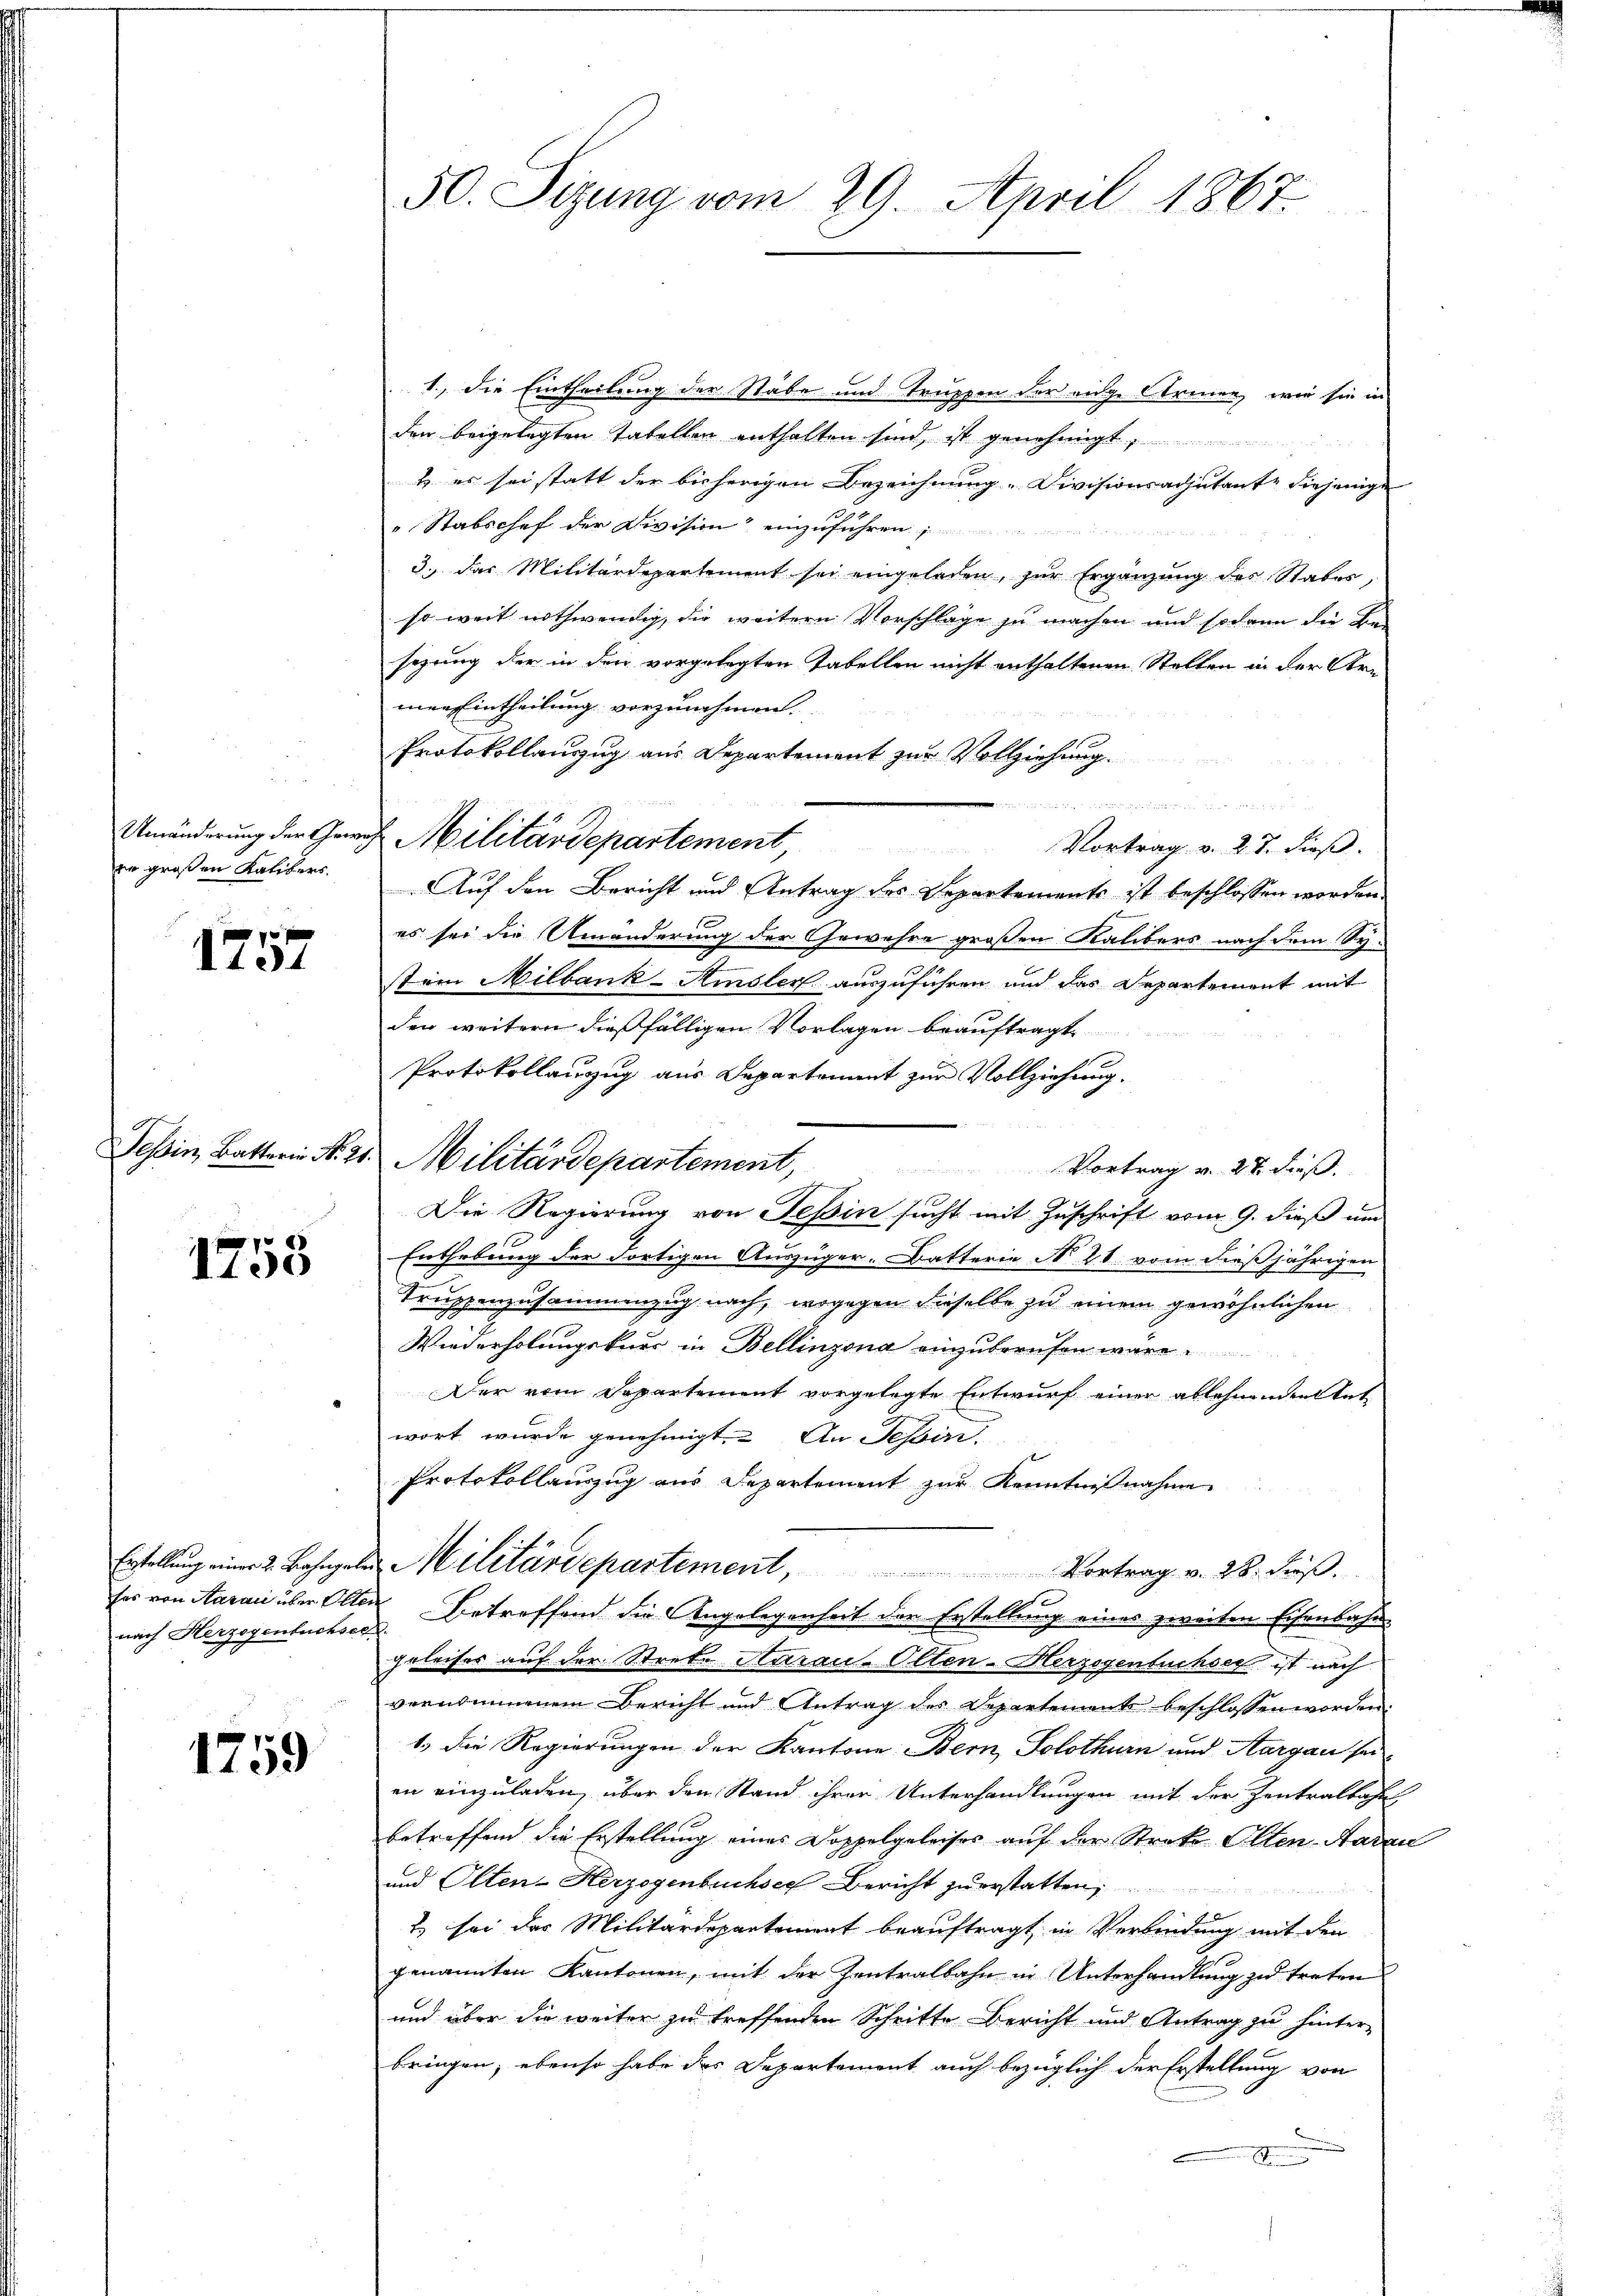
er großen Kalibers.

1757

1758

1., die Eintheilung der Stäbe und Truppen der eige Armen, wie sie in
.
den beigelegten Tabellen enthalten sind, ist genehmigt
& es sei statt der bisherigen Bezeichnung. Divisionsadjutante diejenige
Stabschef der Division“ einzuführen
3.) Das Militärdepartement sei eingeladen, zur Ergänzung des Stabes,
so weit nothwendig, die weitern Vorschläge zu machen und sodann die Besigung der in den vorgelegten Tabellen nicht enthaltenen Stellen in der Arn
men Eintheilung vorzunehmen.
Protokollauszug aus Departement zur Vollziehung.
er

Umänderung der Gewehe Militärdepartement,
Vortrag v. 27. dieß.
Auf den Bericht und Antrag des Departements ist beschlossen worden.
es sei die Umänderung der Gewehre großen Kalibers nach dem Systein Milbank-Amsler auszuführen und das Departement mit
den weitern dießfälligen Vorlagen beauftragt.
Protokollauszug aus Departement zur Vollziehung.
Tessin, Batterin No. 21. Militärdepartement,
Vortrag v. 28. Fuß.
Die Regierung von Tessin sucht mit Zuschrift vom 9. dieß um
Enthebung der dortigen Auszüger-Batterie No 48 vom dießjährigen
Truppenzusammenzug nach, wogegen dieselbe zu einem gewöhnlichen
Wiederholungskurs in Bellinzona einzuberufen wäre.
Der vom Departement vorgelegte Entwurf einer ablehnenden Ant
wort wurde genehmigt. An Tessin.
Protokollauszug aus Departement zur Kenntnißnahme
Erstellŭng einer 2. Bahngele Militärdepartement, Vortrag v. 28. Fuß.
e
fes von Aarau über Olten Betreffend die Angelegenheit der Erstellung eines zweiten Eisenbahngeleiser auf der Strete Aaraus Olten-Herzogentuchser ist nach
vernommenem Bericht und Antrag des Departements beschlossen worden.
1.) Die Regierungen der Kantone Bern, Solothurn und Aargau sei
en einzuladen, über den Stand ihrer Unterhandlungen mit der Zentralbahn
betreffend die Erstellung eines Doppelgeleises auf der Streke Olten-Aarau
und Olten-Herzogenbuchsen Bericht zu erstatten
2 sei der Militärdepartement beauftragt, in Verbindung mit den
genannten Kantonen, mit der Zentralbahn in Unterhandlung zu treten
und über die weiter zu treffenden Schritte Bericht und Antrag zu hinter-
bringen, ebenso habe des Departement auch bezüglich der Erstellung von

nach Herzogenbuchsee.

1759

50. Seizung vom 29. April 1867.